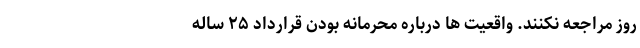
روز مراجعه نکنند. واقعیت ‌ها درباره محرمانه‌ بودن قرارداد ۲۵ ساله